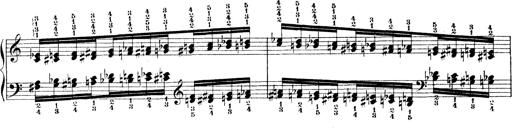
Title: Technische Studien
Composer: Franz Liszt